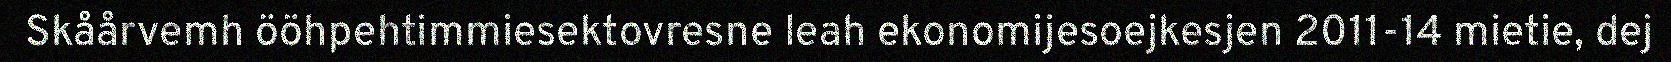
Skåårvemh ööhpehtimmiesektovresne leah ekonomijesoejkesjen 2011-14 mietie, dej